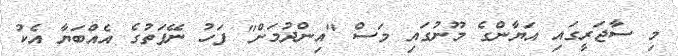
މި ސާޖަރީގައި އަޔާންގެ މޫނުގައި މަސް "އިންދުމަށް" ފަހު ނޭފަތުގެ އެއްބަޔާ އެކު